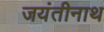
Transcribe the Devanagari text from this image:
जयंतीनाथ